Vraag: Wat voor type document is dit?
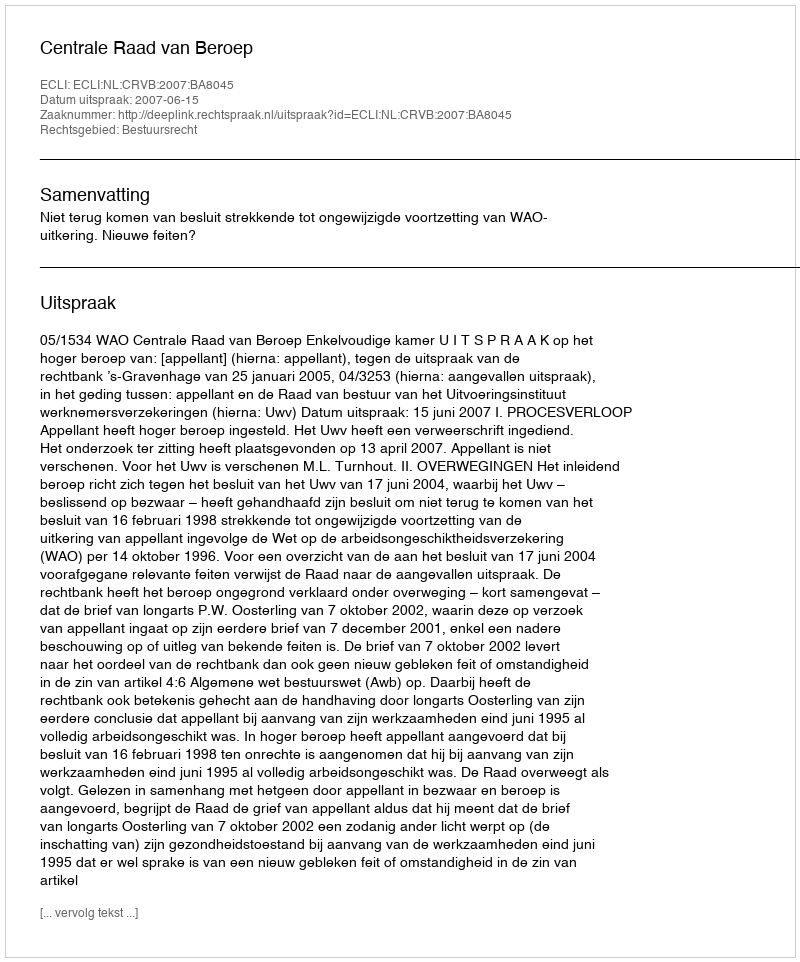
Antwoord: Uitspraak